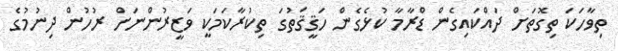
ތިވާހަކަ ތިގޮތަށް ދައްކައިގެން ޑްރާމާ ކުޅެގެން ހަޤީޤަތުގަ ތިކުރާކަމަކީ ވަޒީރުންނަށް ރުހުން ދިނުމުގެ